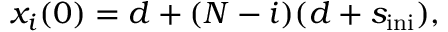
\begin{array} { r } { x _ { i } ( 0 ) = d + ( N - i ) ( d + s _ { \mathrm { i n i } } ) , } \end{array}